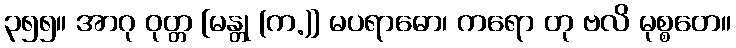
၃၅၅။ အာဂု ဝုတ္တ [မန္တု (က.)] မပရာဓော၊ ကရော တု ဗလိ မုစ္စတေ။